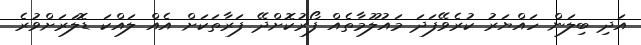
އަދި ބިލަން ހައްޔަރު ކުރެވޭފަދަ މައުލޫމާތެއް ފޯރުކޮށްދޭ ފަރާތަކަށް އެއް ލައްކަ ޑޮލަރަށްވުރެ